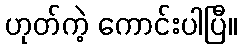
ဟုတ်ကဲ့ ကောင်းပါပြီ။